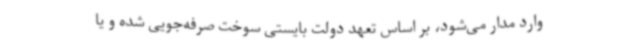
وارد مدار می‌شود، بر اساس تعهد دولت بایستی سوخت صرفه‌جویی شده و یا